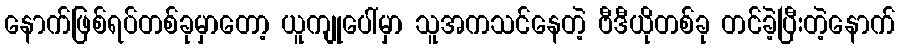
နောက်ဖြစ်ရပ်တစ်ခုမှာတော့ ယူကျုပေါ်မှာ သူအကသင်နေတဲ့ ဗီဒီယိုတစ်ခု တင်ခဲ့ပြီးတဲ့နောက်